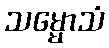
သမ္မောသံ